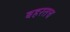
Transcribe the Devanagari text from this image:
बहरतच